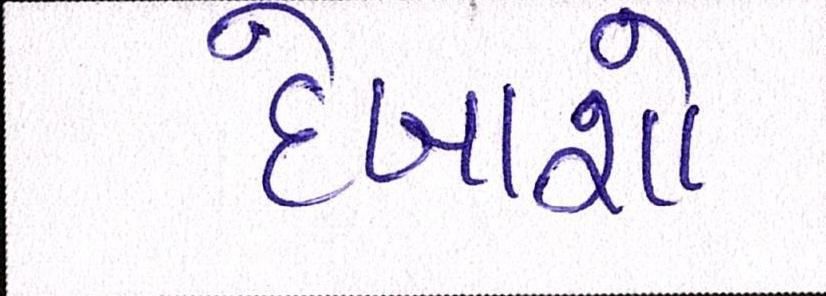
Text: દેખાશો